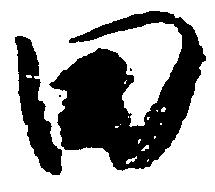
田